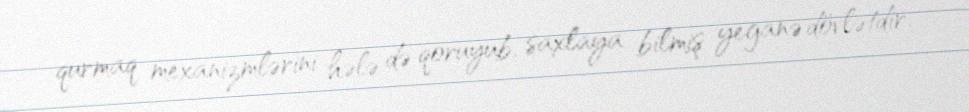
qurmaq mexanizmlərini hələ də qoruyub, saxlaya bilmiş yeganə dövlətdir.